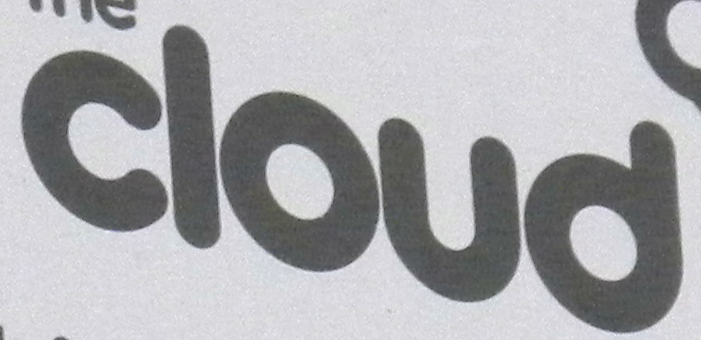
cloud